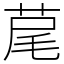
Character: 荱